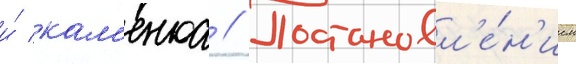
и́ кам'енка // Постановл'е́н'ием